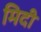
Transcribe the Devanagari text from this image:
मिदी